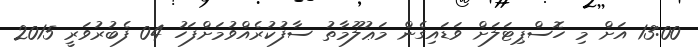
13:00 އަށް މި ހޮސްޕިޓަލަށް ވަޑައިގެން މަޢުލޫމާތު ސާފުކުރެއްވުމަށްފަހު 04 ފެބުރުވަރީ 2015